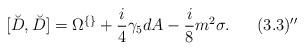
LaTeX: \begin{align*}[\breve{D}, \breve{D}] = \Omega^{\{\}} +\frac{i}{4}\gamma_5 dA-\frac{i}{8}m^2\sigma. \;\;\;\;\;\; (3.3)''\end{align*}